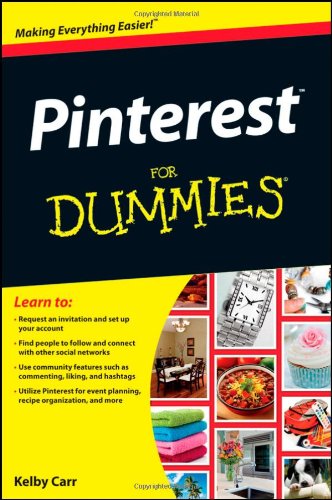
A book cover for Pinterest For Dummies; Kelby Carr; Computers & Technology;